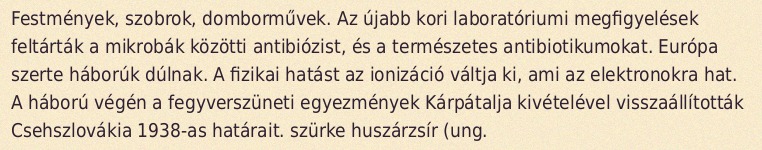
Festmények, szobrok, domborművek. Az újabb kori laboratóriumi megfigyelések feltárták a mikrobák közötti antibiózist, és a természetes antibiotikumokat. Európa szerte háborúk dúlnak. A fizikai hatást az ionizáció váltja ki, ami az elektronokra hat. A háború végén a fegyverszüneti egyezmények Kárpátalja kivételével visszaállították Csehszlovákia 1938-as határait. szürke huszárzsír (ung.